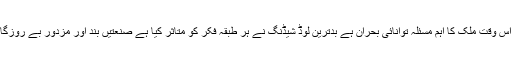
انہوں نے کہا کہ اس وقت ملک کا اہم مسئلہ توانائی بحران ہے بدترین لوڈ شیڈنگ نے ہر طبقہ فکر کو متاثر کیا ہے صنعتیں بند اور مزدور بے روزگاری کا شکار ہیں۔